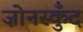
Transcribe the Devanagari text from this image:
ज़ोनस्कुँद